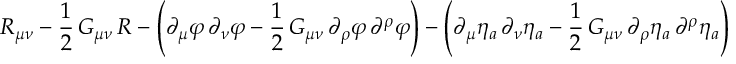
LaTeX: R _ { \mu \nu } - \frac { 1 } { 2 } \, G _ { \mu \nu } \, { \cal R } - \left( \partial _ { \mu } \varphi \, \partial _ { \nu } \varphi - \frac { 1 } { 2 } \, G _ { \mu \nu } \, \partial _ { \rho } \varphi \, \partial ^ { \rho } \varphi \right) - \left( \partial _ { \mu } \eta _ { a } \, \partial _ { \nu } \eta _ { a } - \frac { 1 } { 2 } \, G _ { \mu \nu } \, \partial _ { \rho } \eta _ { a } \, \partial ^ { \rho } \eta _ { a } \right)